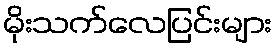
မိုးသက်လေပြင်းများ